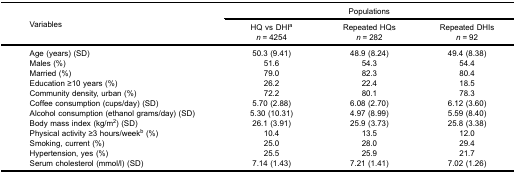
<table><thead><tr><td rowspan="4"><b>Variables</b></td><td colspan="3"><b>Populations</b></td></tr><tr><td><b>HQ vs DHI<sup>a</sup></b></td><td><b>Repeated HQs</b></td><td><b>Repeated DHIs</b></td></tr><tr><td><b><i>n</i> = 4254</b></td><td><b><i>n</i> = 282</b></td><td><b><i>n</i> = 92</b></td></tr></thead><tbody><tr><td>Age (years) (SD)</td><td>50.3 (9.41)</td><td>48.9 (8.24)</td><td>49.4 (8.38)</td></tr><tr><td>Males (%)</td><td>51.6</td><td>54.3</td><td>54.4</td></tr><tr><td>Married (%)</td><td>79.0</td><td>82.3</td><td>80.4</td></tr><tr><td>Education ≥10 years (%)</td><td>26.2</td><td>22.4</td><td>18.5</td></tr><tr><td>Community density, urban (%)</td><td>72.2</td><td>80.1</td><td>78.3</td></tr><tr><td>Coffee consumption (cups/day) (SD)</td><td>5.70 (2.88)</td><td>6.08 (2.70)</td><td>6.12 (3.60)</td></tr><tr><td>Alcohol consumption (ethanol grams/day) (SD)</td><td>5.30 (10.31)</td><td>4.97 (8.99)</td><td>5.59 (8.40)</td></tr><tr><td>Body mass index (kg/m<sup>2</sup>) (SD)</td><td>26.1 (3.91)</td><td>25.9 (3.73)</td><td>25.8 (3.38)</td></tr><tr><td>Physical activity ≥3 hours/week<sup>b</sup> (%)</td><td>10.4</td><td>13.5</td><td>12.0</td></tr><tr><td>Smoking, current (%)</td><td>25.0</td><td>28.0</td><td>29.4</td></tr><tr><td>Hypertension, yes (%)</td><td>25.5</td><td>25.9</td><td>21.7</td></tr><tr><td>Serum cholesterol (mmol/l) (SD)</td><td>7.14 (1.43)</td><td>7.21 (1.41)</td><td>7.02 (1.26)</td></tr></tbody></table>